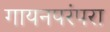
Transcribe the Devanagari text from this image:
गायनपरंपरा